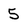
Character: 5